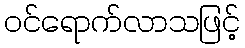
ဝင်ရောက်လာသဖြင့်